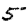
Digit: 5